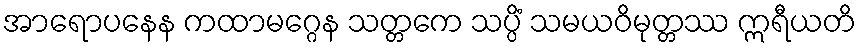
အာရောပနေန ကထာမဂ္ဂေန သတ္တကေ သပ္ပိံ သမယဝိမုတ္တဿ ဣရီယတိ